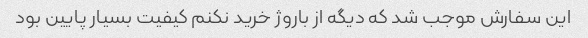
این سفارش موجب شد که دیگه از باروژ خرید نکنم کیفیت بسیار پایین بود